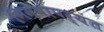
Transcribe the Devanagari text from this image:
निमेषापर्यंत